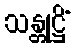
သန္တုဋ္ဌိံ